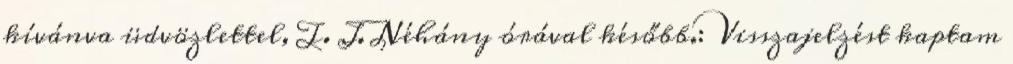
kívánva üdvözlettel, T. J. Néhány órával később.: Visszajelzést kaptam